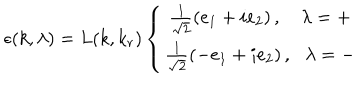
\epsilon ( k , \lambda ) = L ( k , k _ { r } ) \left\{ \begin{array} { c } { { \frac { 1 } { \sqrt { 2 } } \left( e _ { 1 } + i e _ { 2 } \right) , \, \, \, \, \, \, \lambda = + } } \\ { { \frac { 1 } { \sqrt { 2 } } \left( - e _ { 1 } + i e _ { 2 } \right) , \, \, \, \, \lambda = - } } \\ \end{array} \right.